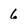
Character: 6